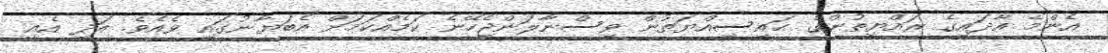
އެންމެ އާދައިގެ ރައްޔިތުންގެ ޙައިސިއްޔަތުން ވިސްނާލަންޖެހޭނެ ކަމެއްކަމަށް އެބަޔާނުގައި ވެއެވެ. އަދި އެއީ